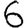
Digit: 6